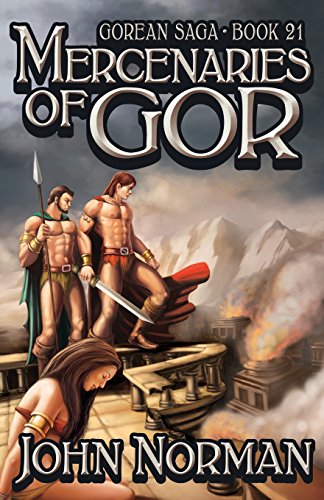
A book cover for Mercenaries of Gor (Gorean Saga); John Norman; Romance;